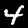
Label: 4